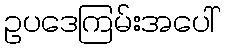
ဥပဒေကြမ်းအပေါ်